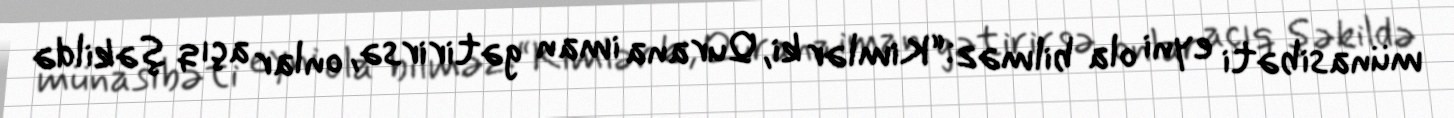
münasibəti eyni ola bilməz:“Kimlər ki, Qurana iman gətirirsə, onlar açıq şəkildə